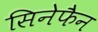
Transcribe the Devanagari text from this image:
सिनेफैन